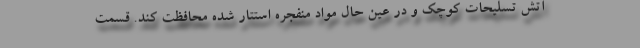
آتش تسلیحات کوچک و در عین حال مواد منفجره استتار شده محافظت کند. قسمت